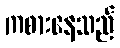
ကစားနေသည်